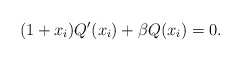
\begin{align*}(1+x_i)Q'(x_i)+\beta Q(x_i) = 0.\end{align*}